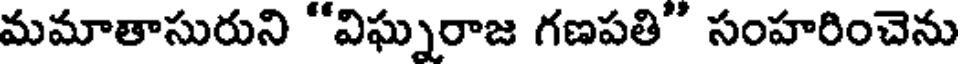
మమాతాసురుని "విఘ్నరాజ గణపతి" సంహరించెను